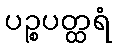
ပဉ္စပတ္ထရံ